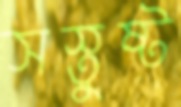
সস্তুষ্ট